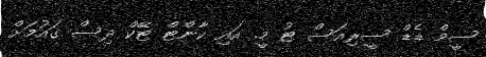
ސީމް ޑެޑް ސީރިއަސް ޓު މީ. އައި ކާންޓް ޓޭކް ދިސް ގައުމަށް